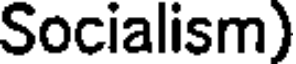
Socialism)